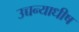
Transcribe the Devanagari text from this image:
उच्चन्याधीष